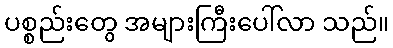
ပစ္စည်းတွေ အများကြီးပေါ်လာ သည်။